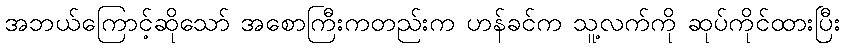
အဘယ်ကြောင့်ဆိုသော် အစောကြီးကတည်းက ဟန်ခင်က သူ့လက်ကို ဆုပ်ကိုင်ထားပြီး